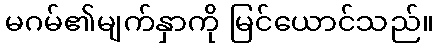
မဂမ်၏မျက်နှာကို မြင်ယောင်သည်။